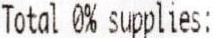
TOTAL 0% SUPPLIES: